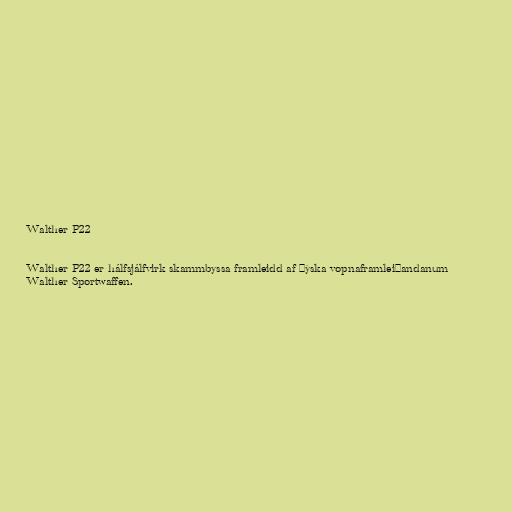
Walther P22

Walther P22 er hálfsjálfvirk skammbyssa framleidd af þýska vopnaframleiðandanum
Walther Sportwaffen.